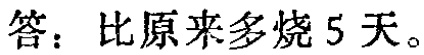
答：比原来多烧5天。